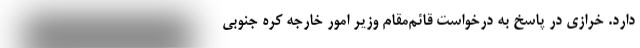
دارد. خرازی در پاسخ به درخواست قائم‌مقام وزیر امور خارجه کره جنوبی